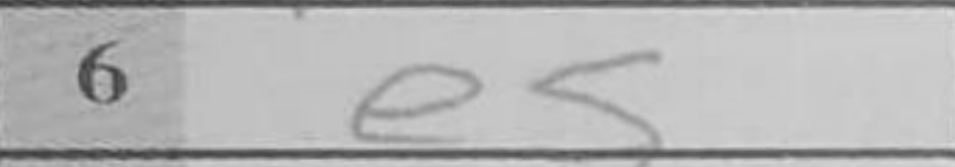
Transcription: e5